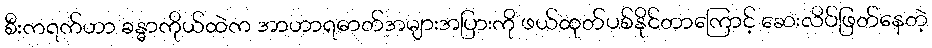
စီးကရက်ဟာ ခန္ဓာကိုယ်ထဲက အာဟာရဓာတ်အများအပြားကို ဖယ်ထုတ်ပစ်နိုင်တာကြောင့် ဆေးလိပ်ဖြတ်နေတဲ့